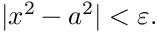
| x ^ { 2 } - a ^ { 2 } | < \varepsilon .